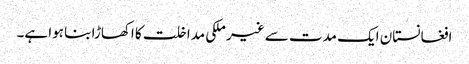
افغانستان ایک مدت سے غیر ملکی مداخلت کا اکھاڑا بنا ہوا ہے۔